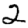
Digit: 2